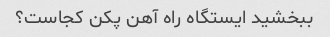
ببخشید ایستگاه راه آهن پکن کجاست؟